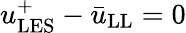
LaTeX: u_{\mathrm{LES}}^{+}-\bar{u}_{\mathrm{LL}}=0